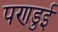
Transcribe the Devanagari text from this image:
पणडुई